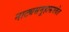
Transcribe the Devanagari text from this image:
नाट्यसमूहासमवेत